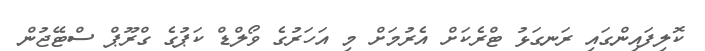
ކޮލިފައިންގައި ރަނގަޅު ޓްރެކަށް އެރުމަށް މި އަހަރުގެ ވޯލްޑް ކަޕުގެ ގްރޫޕް ސްޓޭޖުން